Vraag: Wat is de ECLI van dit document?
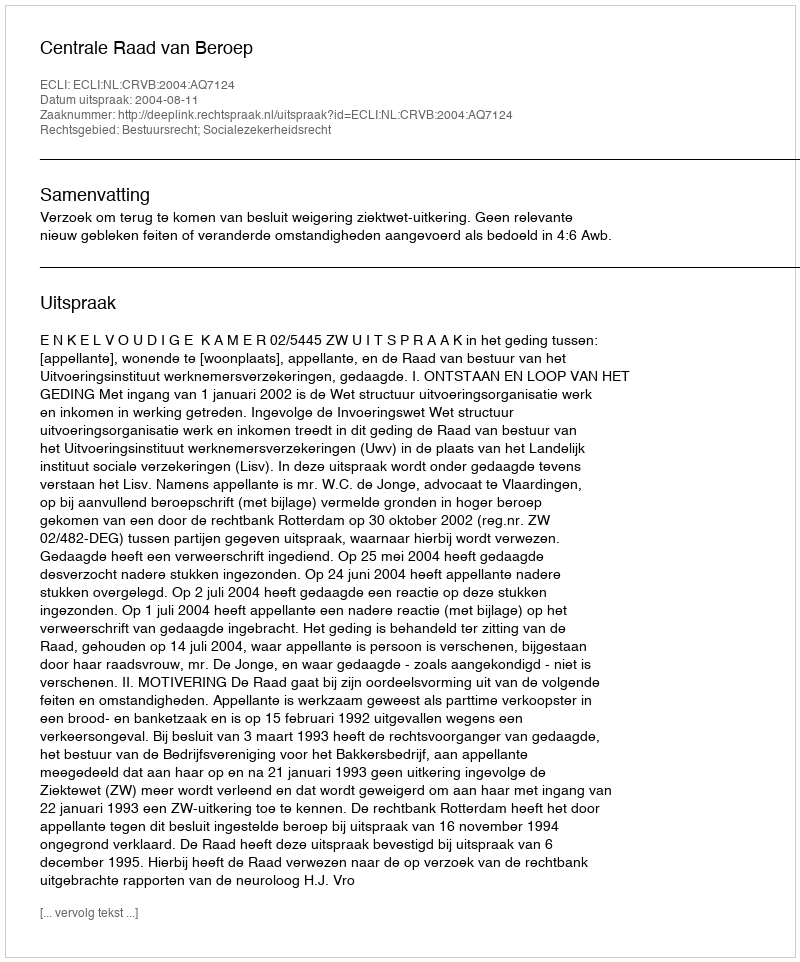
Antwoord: ECLI:NL:CRVB:2004:AQ7124